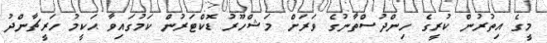
މީގެ އިތުރުން ކުރީގެ ހިންދުސްތާނުގެ ވަރަށް މަޝްހޫރު ޑޮކްޓަރުން ކަމުގައިވާ ޙަކީމު ހަރީޗާންދު